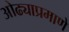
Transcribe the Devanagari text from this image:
ओढ्याप्रमाणे